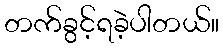
တက်ခွင့်ရခဲ့ပါတယ်။